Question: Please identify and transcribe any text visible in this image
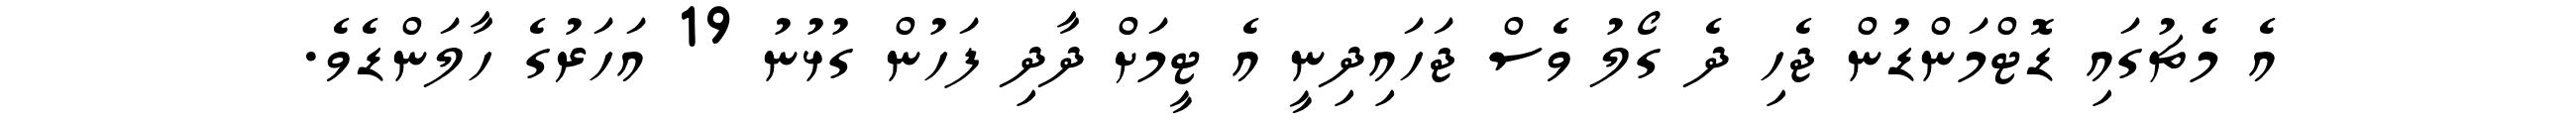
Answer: އެ މެޗުގައި ޑޮޓްމަންޑުން ޖެހި ދެ ގޯލު ވެސް ޖަހައިދިނީ އެ ޓީމަށް ދާދި ފަހުން ގުޅުނު 19 އަހަރުގެ ހާލަންޑެވެ.